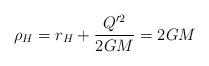
LaTeX: \begin{align*}\rho_H = r_H + \frac{Q'^2}{2GM} = 2GM\end{align*}